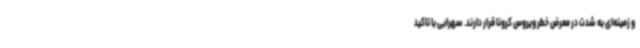
و زمینه‌ای به شدت در معرض خطر ویروس کرونا قرار دارند. سهرابی با تاکید